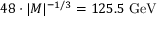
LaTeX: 4 8 \cdot | M | ^ { - 1 / 3 } = 1 2 5 . 5 \; \mathrm { G e V }